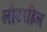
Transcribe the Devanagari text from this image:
लौडरहिल